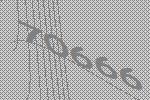
70666